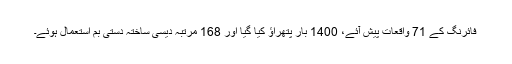
فائرنگ کے 71 واقعات پیش آئے، 1400 بار پتھراؤ کیا گیا اور 168 مرتبہ دیسی ساختہ دستی بم استعمال ہوئے۔